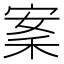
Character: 䅁